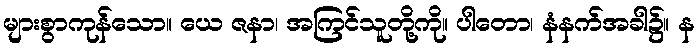
များစွာကုန်သော။ ယေ ဇနာ၊ အကြင်သူတို့ကို။ ပါတော၊ နံနက်အခါ၌။ န